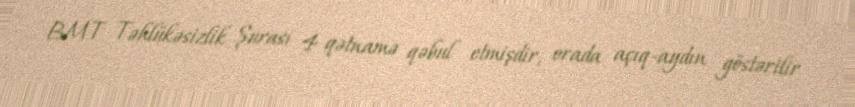
BMT Təhlükəsizlik Şurası 4 qətnamə qəbul etmişdir, orada açıq-aydın göstərilir